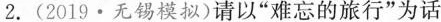
2.(2019·无锡模拟)请以”难忘的旅行”为话